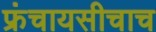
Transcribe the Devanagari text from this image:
फ्रंचायसीचाच